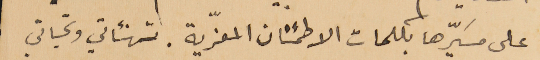
على مسَيّرها بكلمات الاطمئنان المعزّية. تهنئاتي وتحياتي